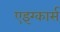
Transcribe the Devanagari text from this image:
एइग्कार्स